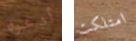
أدعوه امتلكت